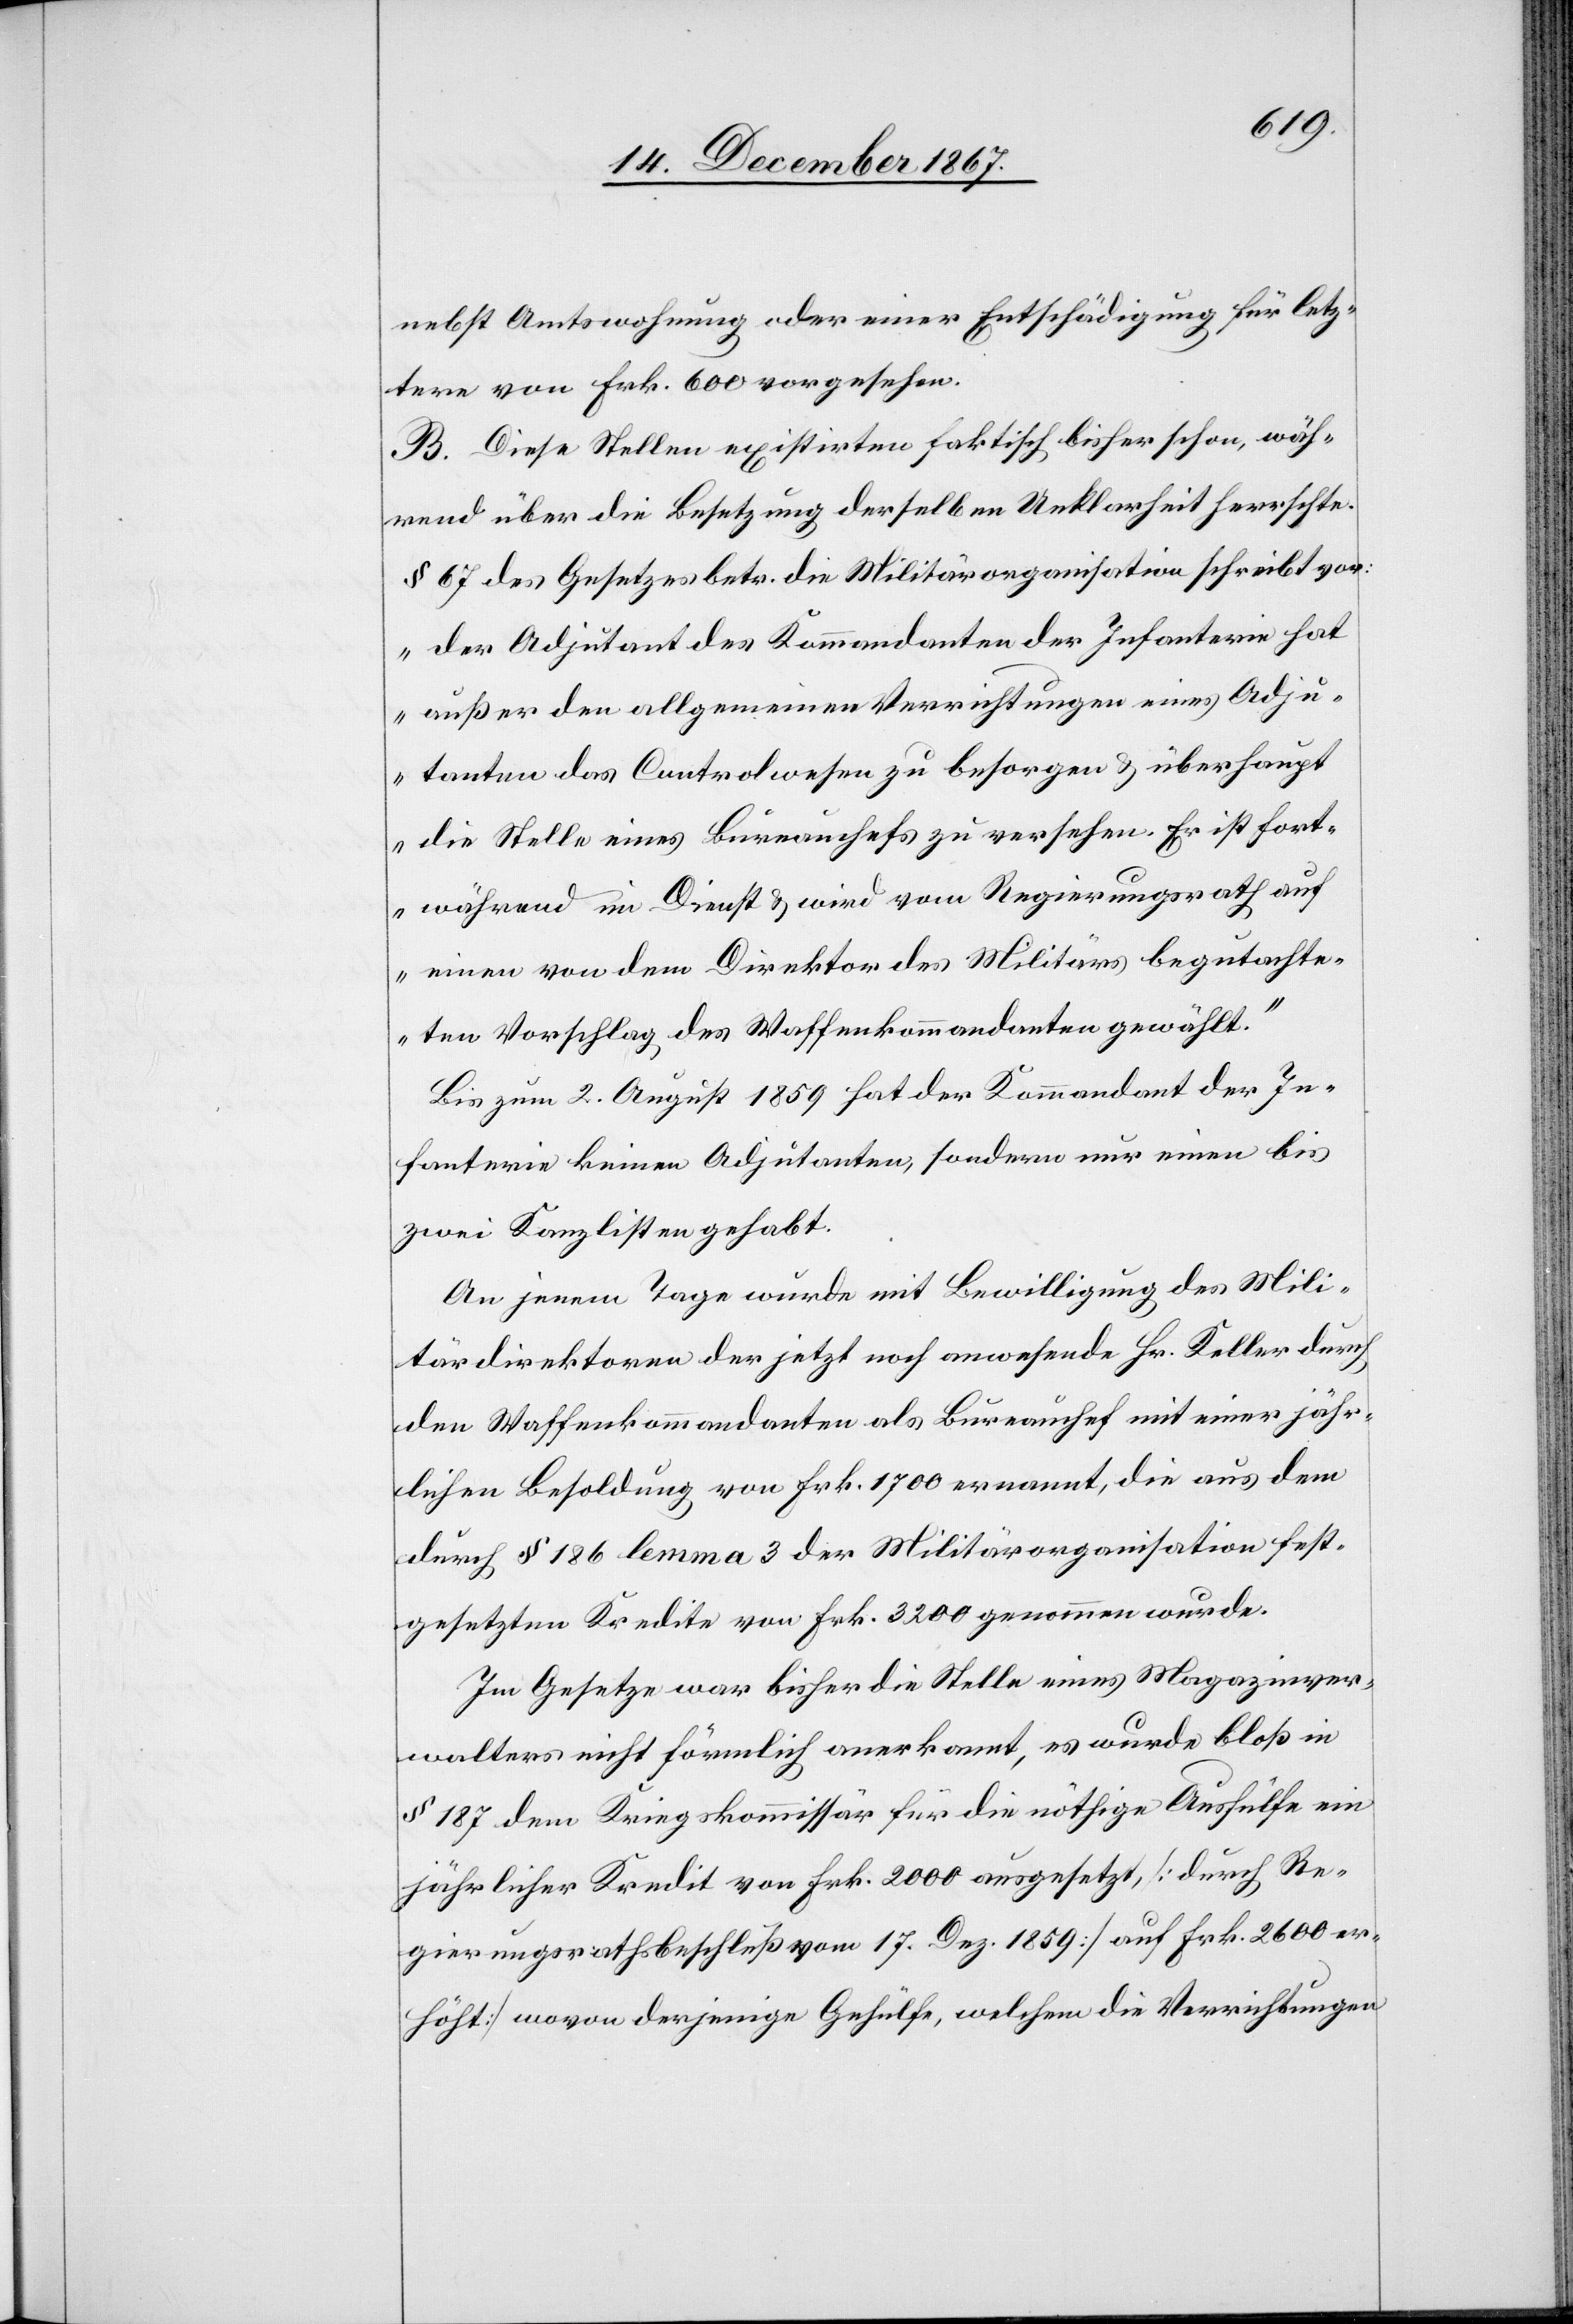
nebst Amtswohnung oder einer Entschädigung für letz¬
tere von Frk. 600 vorgesehen.
B. Diese Stellen existiren faktisch bisher schon, wäh¬
rend über die Besetzung derselben Unklarheit herrschte.
§ 67 des Gesetzes betr. die Militärorganisation schreibt vor:
„der Adjutant des Kommandanten der Infanterie hat
außer den allgemeinen Verrichtungen eines Adju¬
tanten das Controlwesen zu besorgen u. überhaupt
die Stelle eines Bureauchefs zu versehen. Er ist fort¬
während im Dienst u. wird vom Regierungsrath auf
einen von dem Direktor des Militärs begutachte¬
ten Vorschlag des Waffenkommandanten gewählt.“
Bis zum 2. August 1859 hat der Kommandant der In¬
fanterie keinen Adjutanten, sondern nur einen bis
zwei Kanzlisten gehabt.
An jenem Tage wurde mit Bewilligung des Mili¬
tärdirektoren der jetzt noch anwesende Hr. Keller durch
den Waffenkommandanten als Bureauchef mit einer jähr¬
lichen Besoldung von Frk. 1700 ernannt, die aus dem
durch § 186 lemma 3 der Militärorganisation fest¬
gesetzten Kredite von Frk. 3200 genommen wurde.
Im Gesetze war bisher die Stelle eines Magazinver¬
walters nicht förmlich anerkannt, es wurde bloß in
§ 187 dem Kriegskommissär für die nöthige Aushülfe ein
jährlicher Kredit von Frk. 200 ausgesetzt, [durch Re¬
gierungsbeschluss vom 17. Dez. 1859 auf Frk. 2600 er¬
höht] wovon derjenige Gehülfe, welchem die Verrichtungen